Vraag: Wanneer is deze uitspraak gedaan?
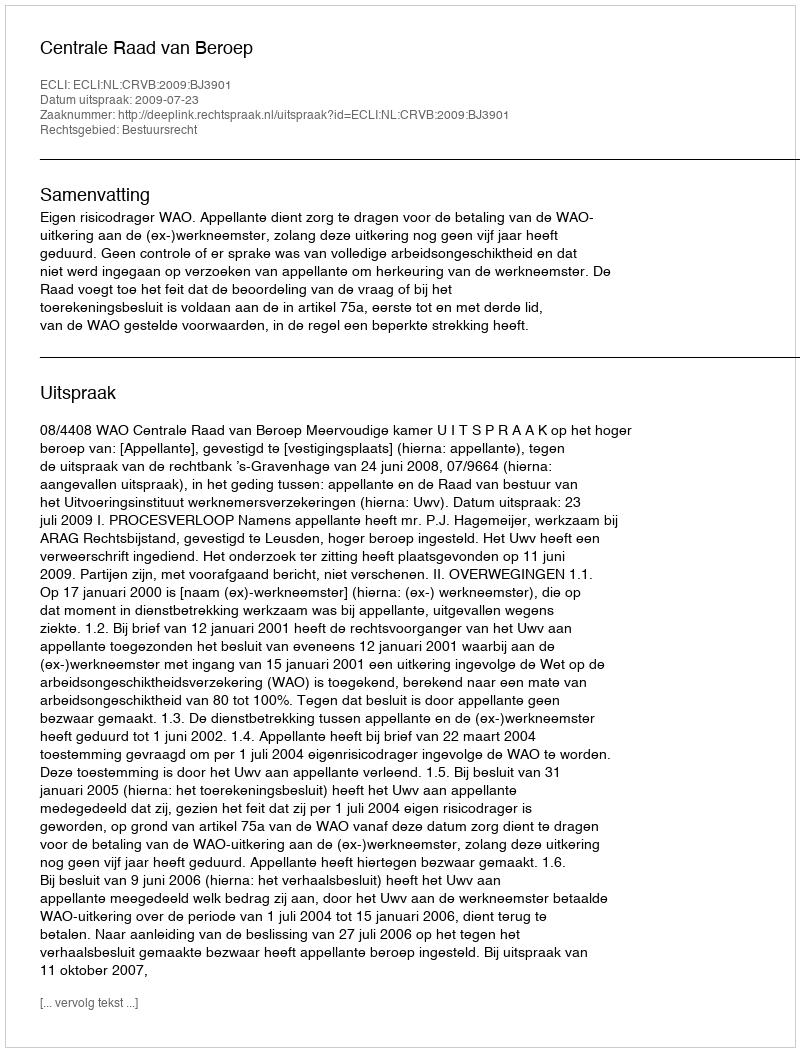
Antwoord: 2009-07-23